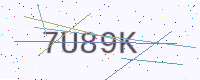
Text: 7U89K